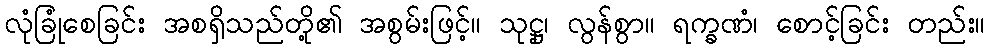
လုံခြုံစေခြင်း အစရှိသည်တို့၏ အစွမ်းဖြင့်။ သုဋ္ဌု၊ လွန်စွာ။ ရက္ခဏံ၊ စောင့်ခြင်း တည်း။